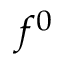
f ^ { 0 }